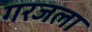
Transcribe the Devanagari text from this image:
गरजला